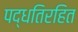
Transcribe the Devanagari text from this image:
पद्धतिरहित